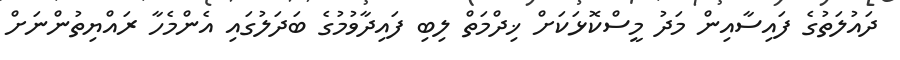
ދައުލަތުގެ ފައިސާއިން މަދު މީސްކޮޅަކަށް ޚިދްމަތް ލިބި ފައިދާވުމުގެ ބަދަލުގައި އެންމެހާ ރައްޔިތުންނަށް